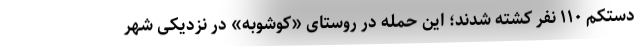
دستکم ۱۱۰ نفر کشته شدند؛ این حمله در روستای «کوشوبه» در نزدیکی شهر